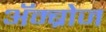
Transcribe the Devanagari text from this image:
अॅम्ब्रोज